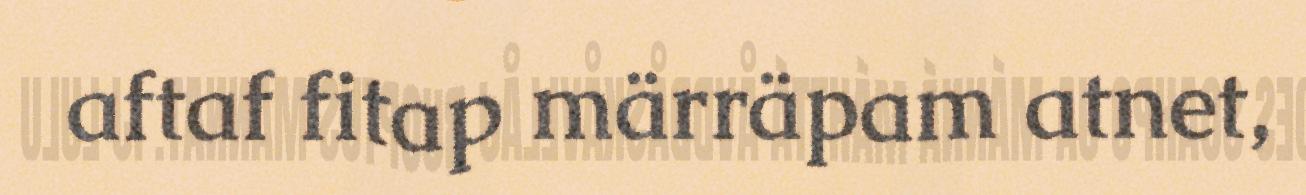
aftaf fitap märräpam atnet,